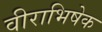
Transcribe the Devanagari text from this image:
वीराभिषेक